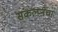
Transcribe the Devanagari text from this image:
संकल्प्नेचा